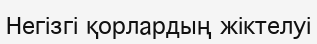
Негізгі қорлардың жіктелуі